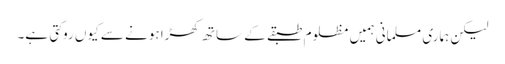
لیکن ہماری مسلمانی ہمیں مظلوم طبقے کے ساتھ کھڑا ہونے سے کیوں روکتی ہے۔